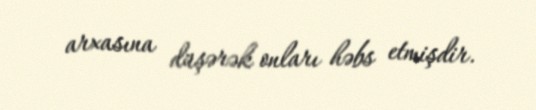
arxasına düşərək onları həbs etmişdir.